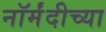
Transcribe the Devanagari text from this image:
नॉर्मंदीच्या